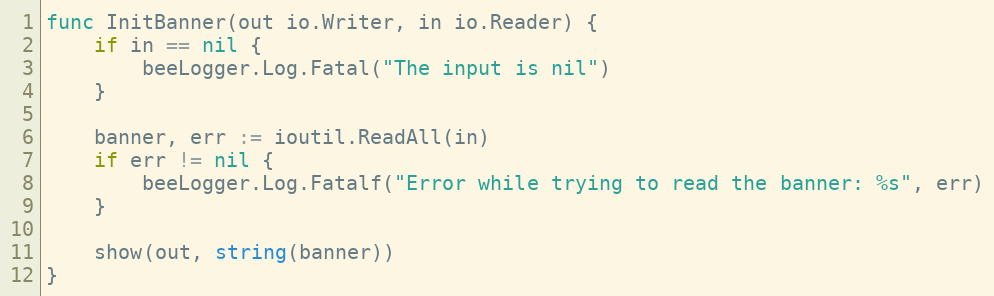
Language: Go
func InitBanner(out io.Writer, in io.Reader) {
	if in == nil {
		beeLogger.Log.Fatal("The input is nil")
	}

	banner, err := ioutil.ReadAll(in)
	if err != nil {
		beeLogger.Log.Fatalf("Error while trying to read the banner: %s", err)
	}

	show(out, string(banner))
}